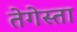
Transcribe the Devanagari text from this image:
तेगेस्ता